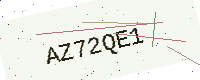
Text: AZ72QE1